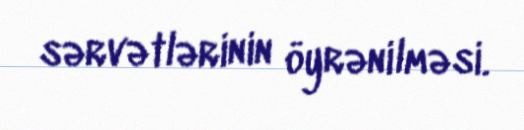
sərvətlərinin öyrənilməsi.